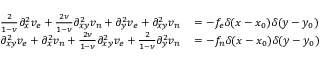
\begin{array} { r l r } { \frac { 2 } { 1 - \nu } \partial _ { x } ^ { 2 } v _ { e } + \frac { 2 \nu } { 1 - \nu } \partial _ { x y } ^ { 2 } v _ { n } + \partial _ { y } ^ { 2 } v _ { e } + \partial _ { x y } ^ { 2 } v _ { n } } & { { } = - f _ { e } \delta ( x - x _ { 0 } ) \delta ( y - y _ { 0 } ) } & { } \\ { \partial _ { x y } ^ { 2 } v _ { e } + \partial _ { x } ^ { 2 } v _ { n } + \frac { 2 \nu } { 1 - \nu } \partial _ { x y } ^ { 2 } v _ { e } + \frac { 2 } { 1 - \nu } \partial _ { y } ^ { 2 } v _ { n } } & { { } = - f _ { n } \delta ( x - x _ { 0 } ) \delta ( y - y _ { 0 } ) } & { } \end{array}